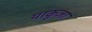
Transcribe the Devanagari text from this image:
याकुजा